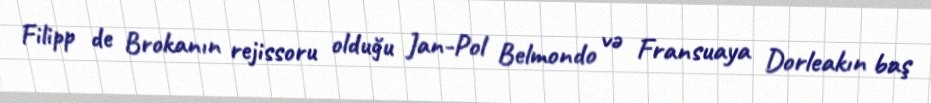
Filipp de Brokanın rejissoru olduğu Jan-Pol Belmondo və Fransuaya Dorleakın baş